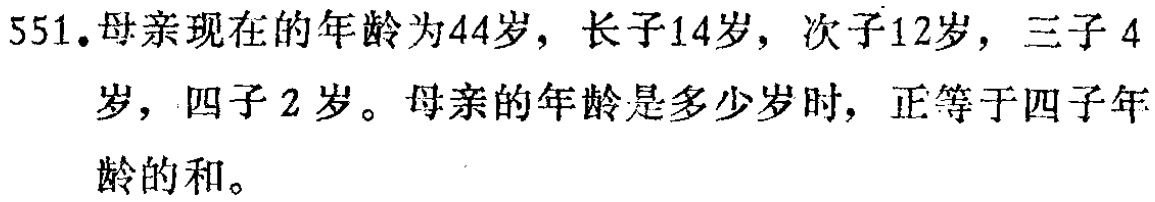
551.母亲现在的年龄为44岁，长子14岁，次子12岁，三子4岁，四子2岁。母亲的年龄是多少岁时，正等于四子年龄的和。